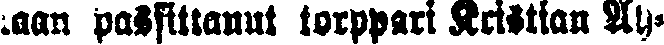
laan passittanut torppari Kristian Ah-